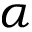
\alpha